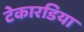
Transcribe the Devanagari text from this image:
टेकारडिया